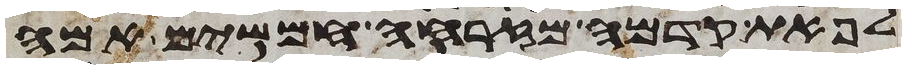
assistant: לפאת קדמה מזרחה חמשים אמה